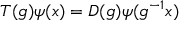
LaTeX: T ( g ) \psi ( x ) = D ( g ) \psi ( g ^ { - 1 } x )